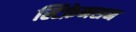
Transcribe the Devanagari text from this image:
स्टिफ़ेनसन